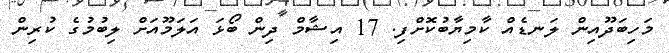
މަހިބަދޫއިން ލަނޑެއް ކާމިޔާބުކޮށްފި. 17 އިޝާމް ދިން ބޯޅަ އަލަމޫއަށް ލިބުމުގެ ކުރިން